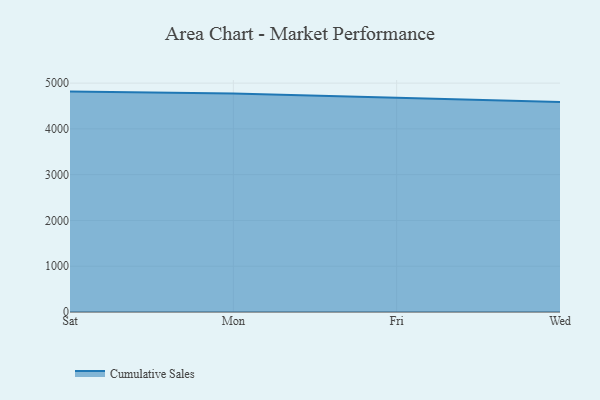
{"axis": {"x": "Day", "y": "Revenue (USD Million)"}, "legend": ["Cumulative Sales"], "data": [{"x": "Sat", "y": 4814.6, "type": "Cumulative Sales"}, {"x": "Mon", "y": 4773.9, "type": "Cumulative Sales"}, {"x": "Fri", "y": 4682.2, "type": "Cumulative Sales"}, {"x": "Wed", "y": 4586.1, "type": "Cumulative Sales"}]}